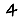
Digit: 4